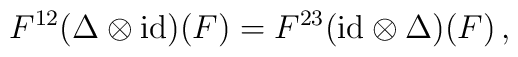
F^{12}(\Delta\otimes{\rm id})(F)=F^{23}({\rm id}\otimes\Delta)(F)\,,